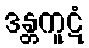
ဒန္တကူဋံ